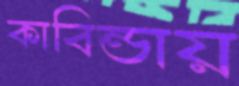
কাবিন্ডায়